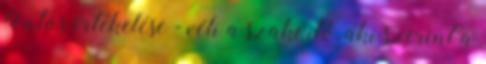
fontos értékelése - véli a szakértő, aki szerint a